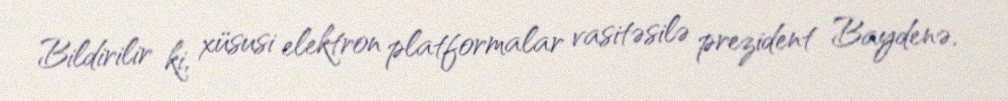
Bildirilir ki, xüsusi elektron platformalar vasitəsilə prezident Baydenə,